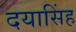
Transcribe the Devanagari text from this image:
दयासिंह